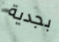
بجدية